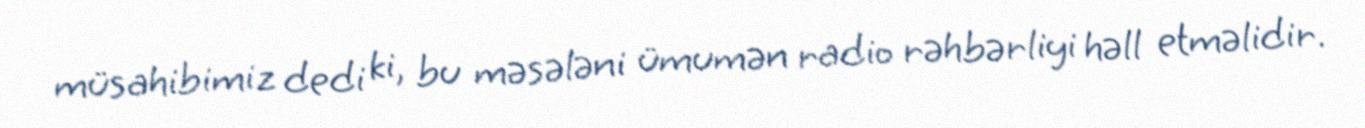
müsahibimiz dedi ki, bu məsələni ümumən radio rəhbərliyi həll etməlidir.